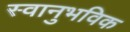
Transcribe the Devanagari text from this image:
स्वानुभविक